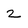
Character: 2